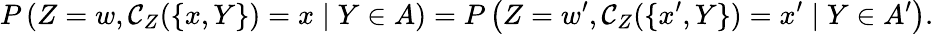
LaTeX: P\left(Z=w,\mathcal{C}_{Z}(\{ x,Y\} )=x\mid Y\in A\right)=P\left(Z=w^{\prime},\mathcal{C}_{Z}(\{ x^{\prime},Y\} )=x^{\prime}\mid Y\in A^{\prime}\right).